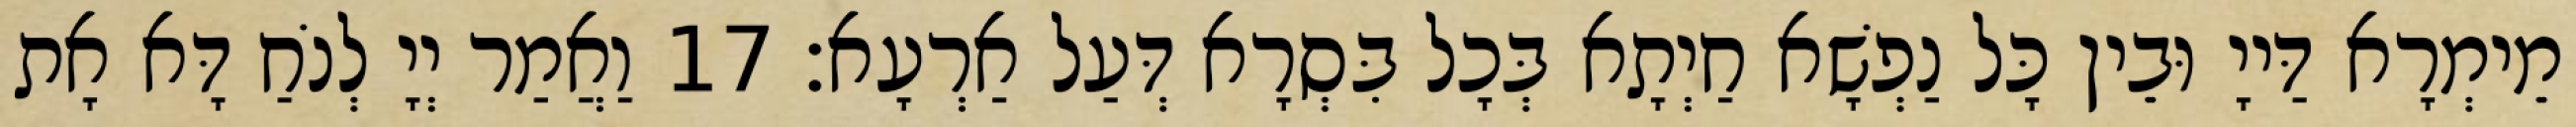
מֵימְרָא דַּייָ וּבֵין כָּל נַפְשָׁא חַיְתָא בְּכָל בִּסְרָא דְּעַל אַרְעָא׃ 17 וַאֲמַר יְיָ לְנֹחַ דָּא אָת